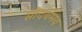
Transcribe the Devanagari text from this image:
सौंदर्यमय